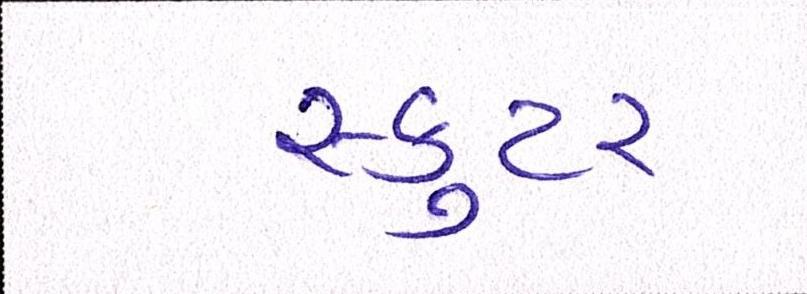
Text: સ્કુટર